Tezpur Lunatic Asylum reports 1895-1904 - 1895-1904
Year: 1895
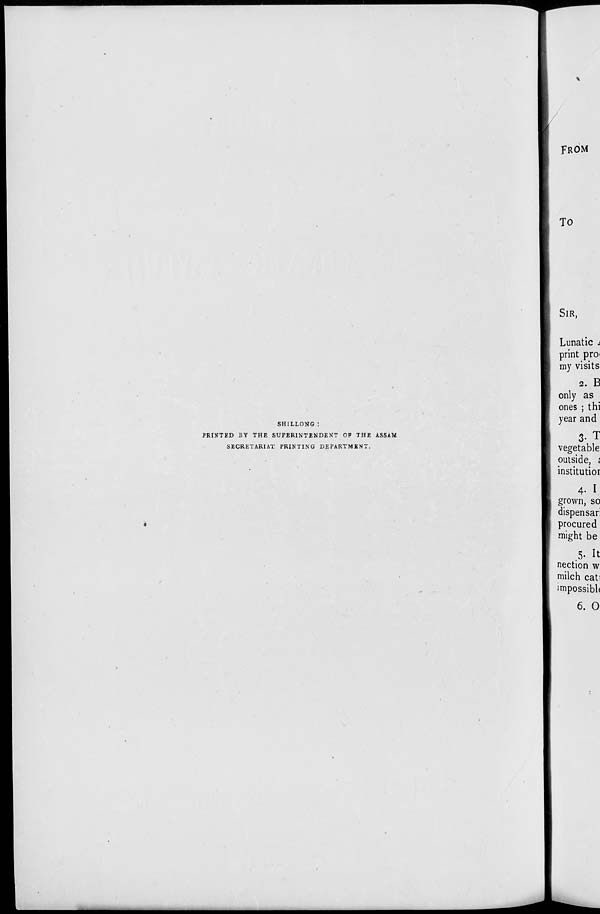
SHILLONG :
PRINTED BY THE SUPERINTENDENT OP THE ASSAM
SECRETARIAT PRINTING DEPARTMENT.